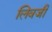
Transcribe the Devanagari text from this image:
लिवजी